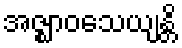
အဇ္ဈာဝသေယျန္တိ